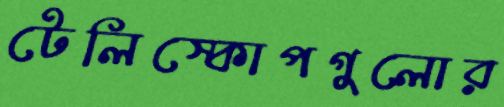
টেলিস্কোপগুলোর